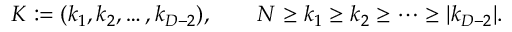
K : = ( k _ { 1 } , k _ { 2 } , \ldots , k _ { D - 2 } ) , \qquad N \geq k _ { 1 } \geq k _ { 2 } \geq \cdots \geq | k _ { D - 2 } | .